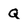
Character: Q